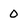
Character: 0